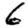
Digit: 6